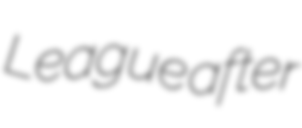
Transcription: League after